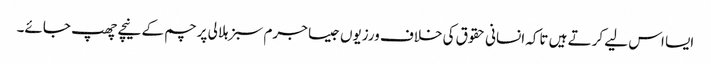
ایسا اس لیے کرتے ہیں تاکہ انسانی حقوق کی خلاف ورزیوں جیسا جرم سبز ہلالی پرچم کے نیچے چھپ جائے۔